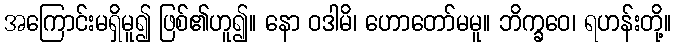
အကြောင်းမရှိမူ၍ ဖြစ်၏ဟူ၍။ နော ဝဒါမိ၊ ဟောတော်မမူ။ ဘိက္ခဝေ၊ ရဟန်းတို့။